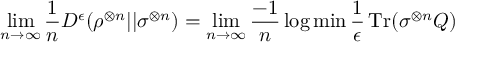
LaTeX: \operatorname* { l i m } _ { n \rightarrow \infty } { \frac { 1 } { n } } D ^ { \epsilon } ( \rho ^ { \otimes n } | | \sigma ^ { \otimes n } ) = \operatorname* { l i m } _ { n \rightarrow \infty } { \frac { - 1 } { n } } \log \operatorname* { m i n } { \frac { 1 } { \epsilon } } \operatorname { T r } ( \sigma ^ { \otimes n } Q )